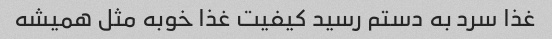
غذا سرد به دستم رسید کیفیت غذا خوبه مثل همیشه